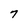
Character: 7